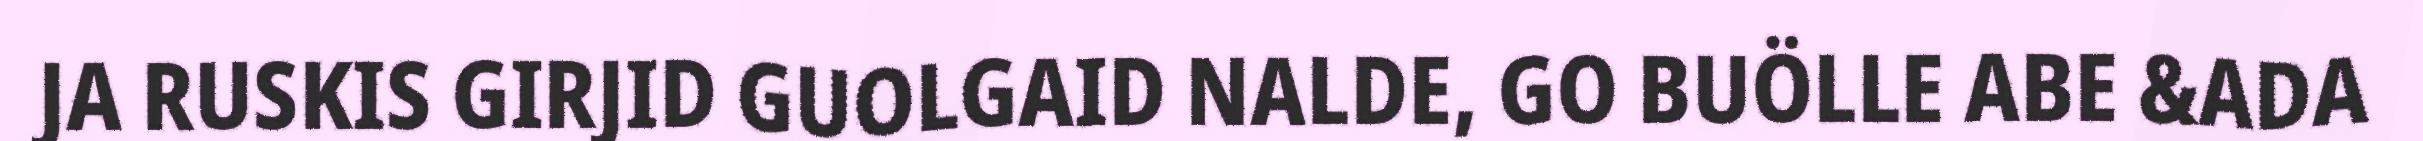
JA RUSKIS GIRJID GUOLGAID NALDE, GO BUÖLLE ABE &ADA